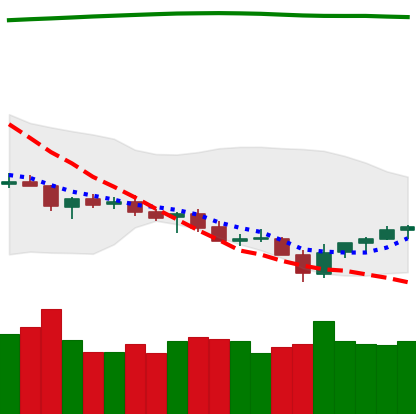
Ticker: TRX-USD
Chart end date: 2021-07-25
Forward return: 9.316%
Label: up_7plus